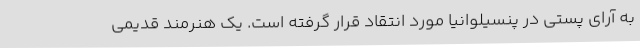
به آرای پستی در پنسیلوانیا مورد انتقاد قرار گرفته است. یک هنرمند قدیمی